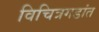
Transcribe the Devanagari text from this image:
विचित्रगडांत